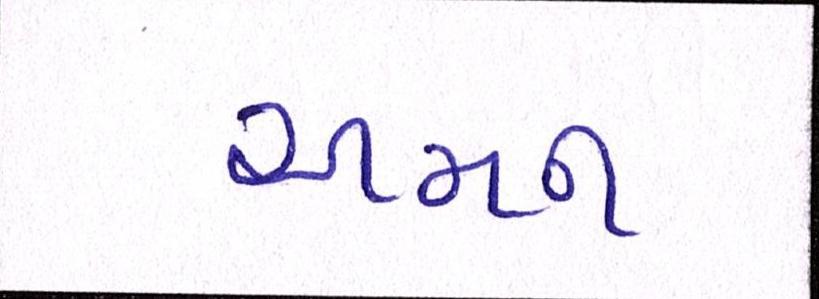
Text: અમન